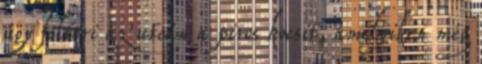
úgy feltöri az utcán a piros kocsit, amelyiken még